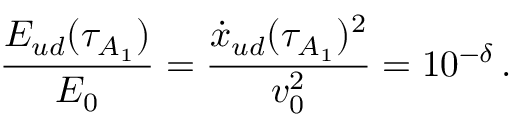
\frac { E _ { u d } ( \tau _ { A _ { 1 } } ) } { E _ { 0 } } = \frac { \dot { x } _ { u d } ( \tau _ { A _ { 1 } } ) ^ { 2 } } { v _ { 0 } ^ { 2 } } = 1 0 ^ { - \delta } \, .